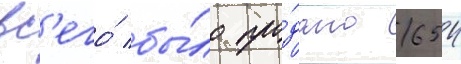
вс'его́ бы́ло про́дано 654